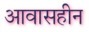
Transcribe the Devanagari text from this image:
आवासहीन